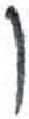
אות: ו